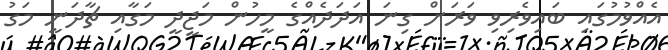
އެއްވުމުގައި ބައިވެރިވި ވަރަށް ގިނަ އަދަދެއްގެ މީހުން މަޖީދީ މަގާއި ޗާދަނީ މަގު